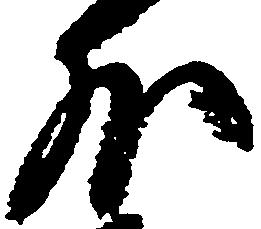
外